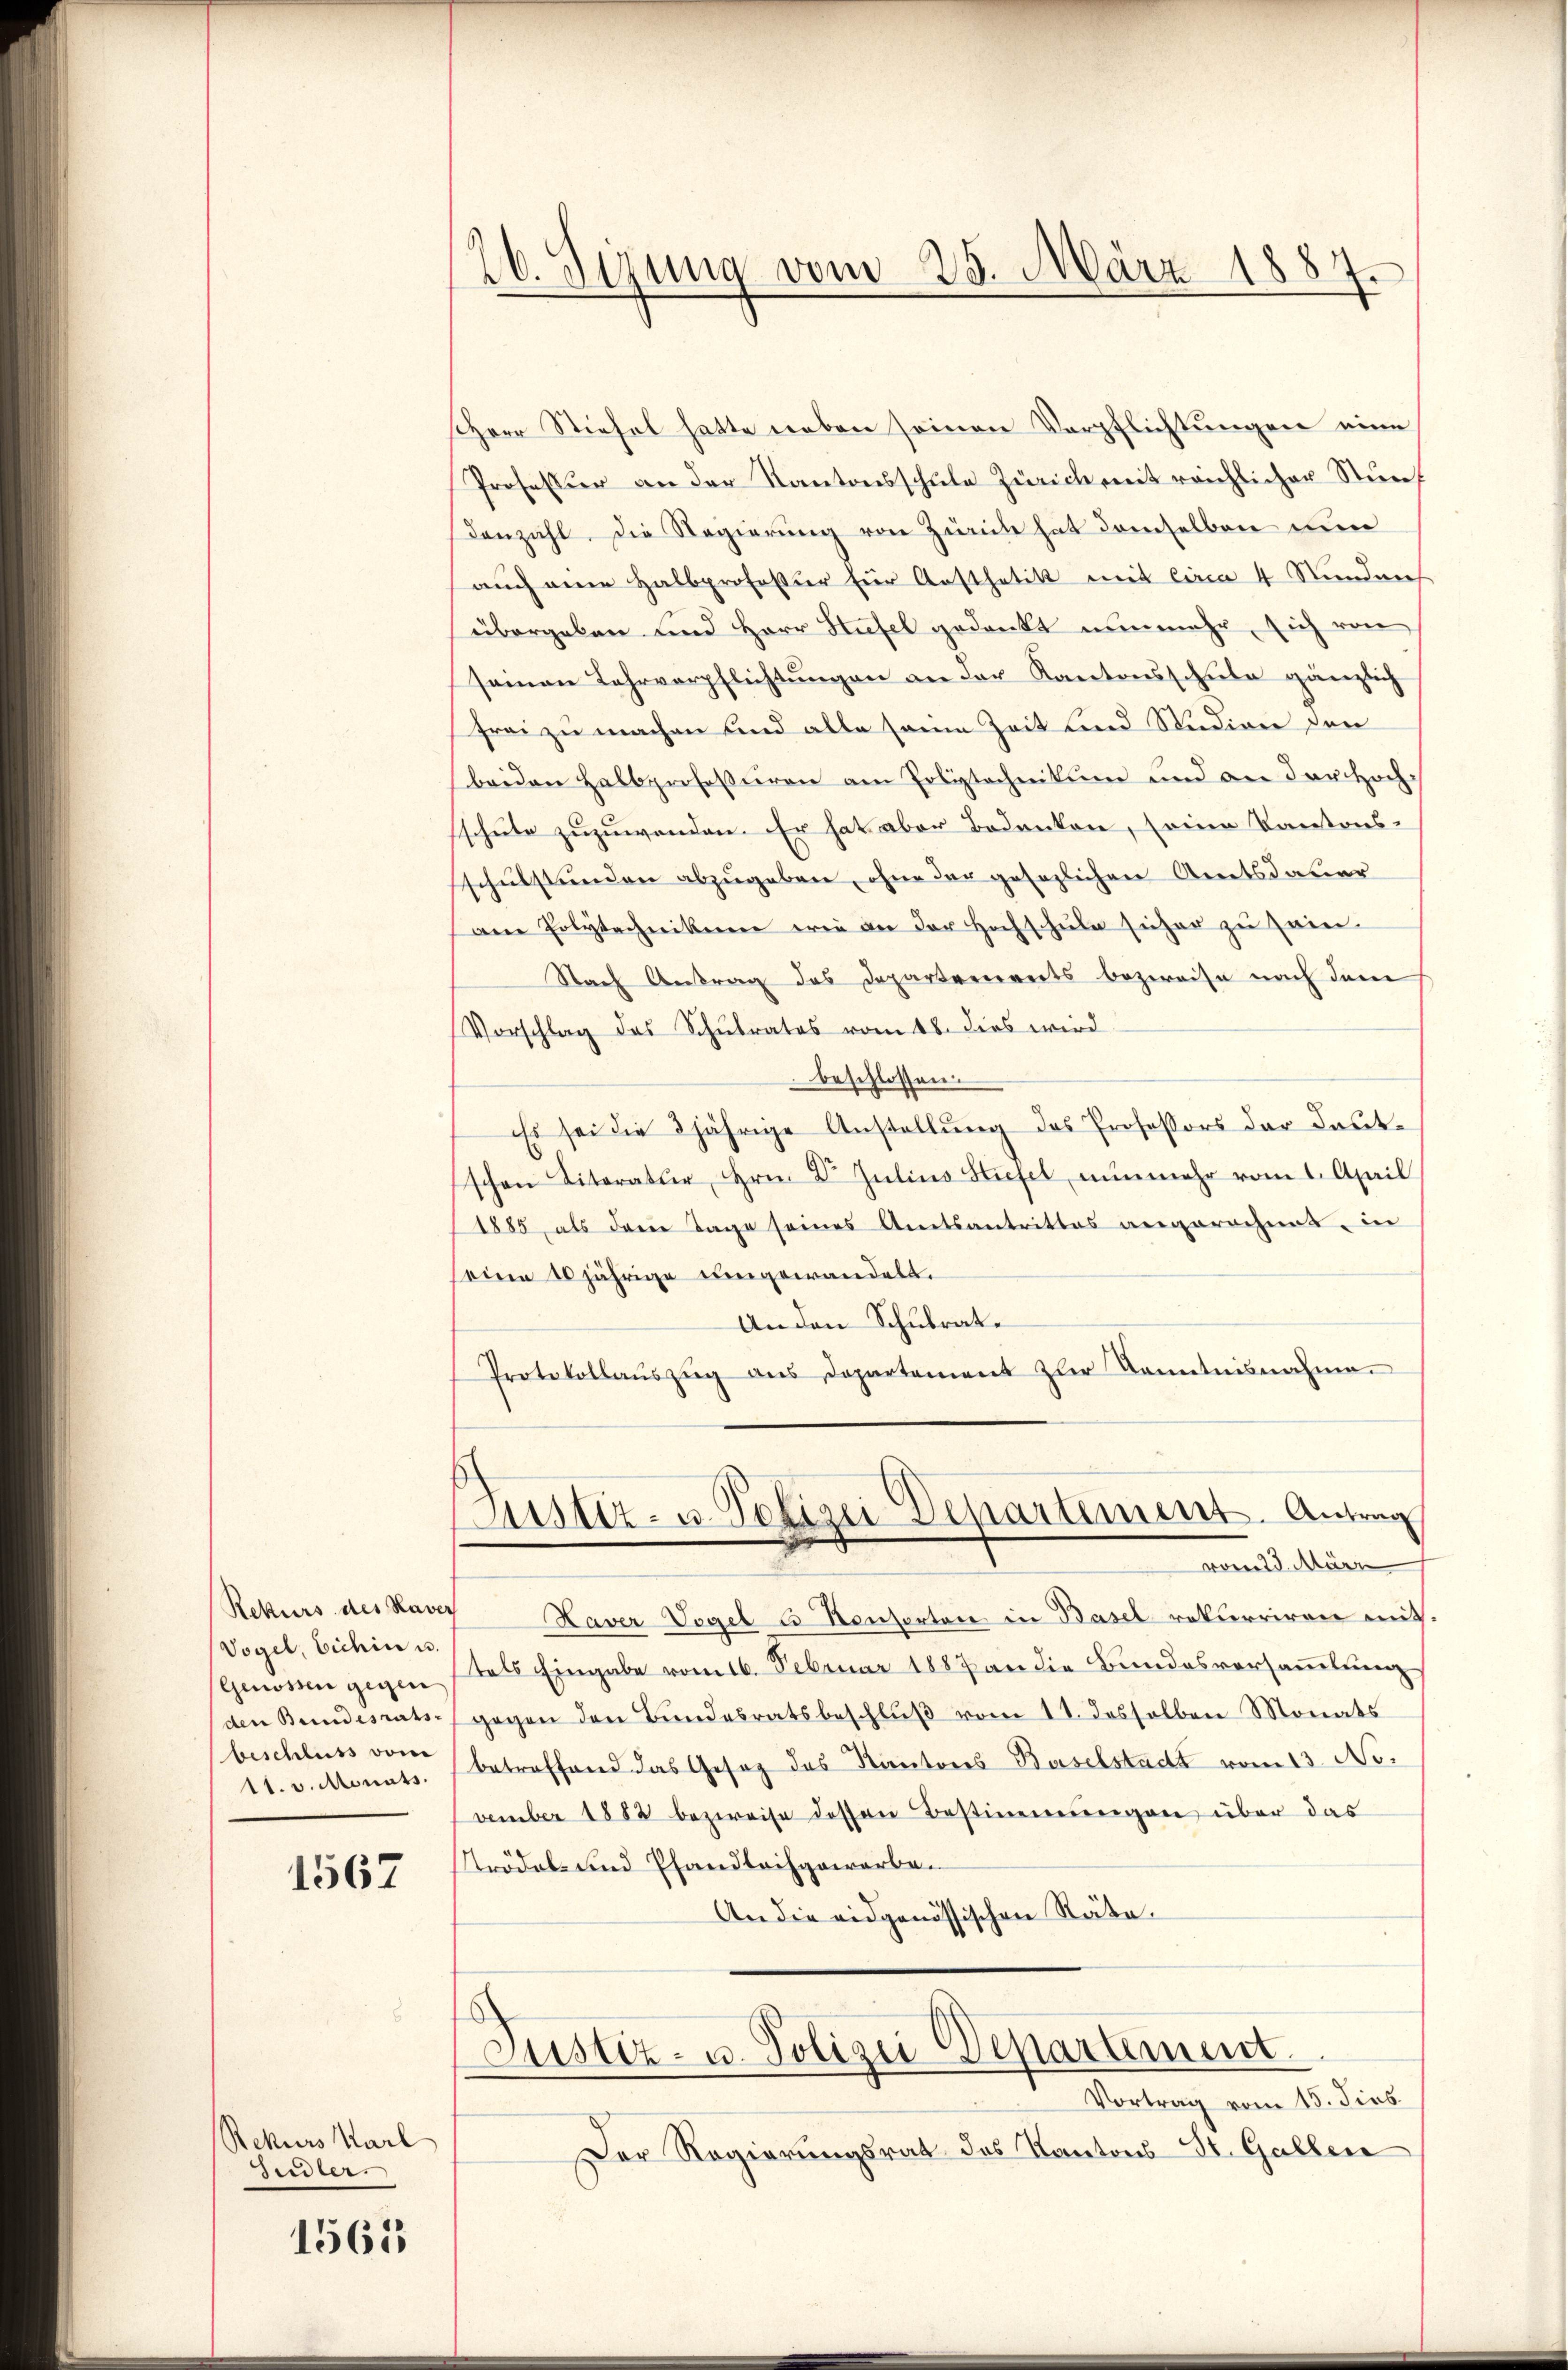
Rekurs des Haver
Vogel, Eichin u.
Genossen gegen
beschluss vom
1t. v. Monats.

1567

Rekurs Karl
Sidler.

1563

26. Sizung vom 25. März 1887.

Herr Stiefel hatte neben seinen Verpflichtungen eine
Professur an der Kantonsschule Zürich mit reichlicher Stunf
Denzahl. Die Regierung von Zürich hat demselben nun
auch eine Halbprofessier für Austhetik mit Circa 4 Stundneh
übergeben und Herr Hufel gedankt nunmehr, sich von
seinen Lehrverpflichtungen an der Kantonsschule gänzlich
frei zu machen und alle seine Zeit und Studiren den
beiden Halbprofessuren am Polytechnikum und an der Hochschule zuzuwenden. Er hat aber Bedenken, seine Kantons-
schulstunden abzugeben, ohne der gesezlichen Amtsdauer
am Polytechnikum wie an der Hochschŭle sicher zŭ sein.
Nach Antrag des Departernereits bezweife nach dem
Vorschlag des Schulrates vom 18. dies wird
beschlossen.
Es sei die 2jährige Anstellung des Professors der Kautschen Literatur, Hrn. Dr. Julius Stiefel nŭnmehr vom 1. April
1885, als deine Tage seines Amtsantrittes angerechnet, in
seine 10jährige eingewandelt.
An den Schulrate
Protokollaŭszŭg aŭs Departement zur Kenntnisnahme.
Justiz- u. Polizei Departement. Antrag
vom 23. März 1
Haver Vogel u Konsorten in Basel rekurriren mit.
tels Eingabe vom 16. Februar 1887 an die Bundesversamlung
(den Bundesrats gegen den Bundesratsbeschluß vom 11. desselben Monats
betreffend das Gesetz des Kantores Baselstadt vom 13. No.
vember 1882 bezweife dessen Bestimmungen über das
trödel- und Pfandlochgewarben
An die eidgenössischen Räte.
Justiz- u. Polizei Departement.
Vortrag vom 15. dies
Der Regierungsrat des Kantons St. Gallen